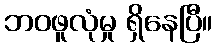
ဘဝဖူလုံမှု ရှိနေပြီ။